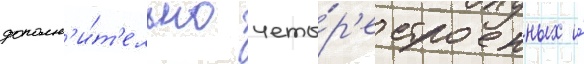
дополн'и́т'ельно четы́р'е строенных и́